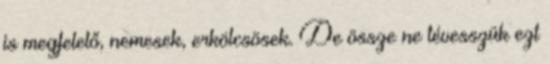
is megfelelő, nemesek, erkölcsösek. De össze ne tévesszük ezt